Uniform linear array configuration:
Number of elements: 48
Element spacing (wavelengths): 0.75
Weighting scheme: kaiser
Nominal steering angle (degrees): -60
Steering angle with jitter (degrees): -58.963
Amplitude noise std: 0.05
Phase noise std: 0.05

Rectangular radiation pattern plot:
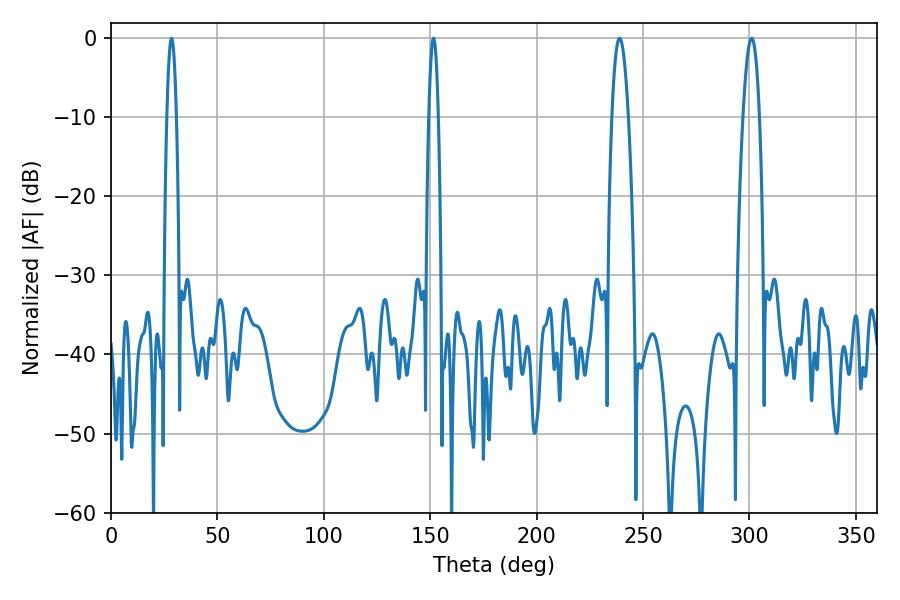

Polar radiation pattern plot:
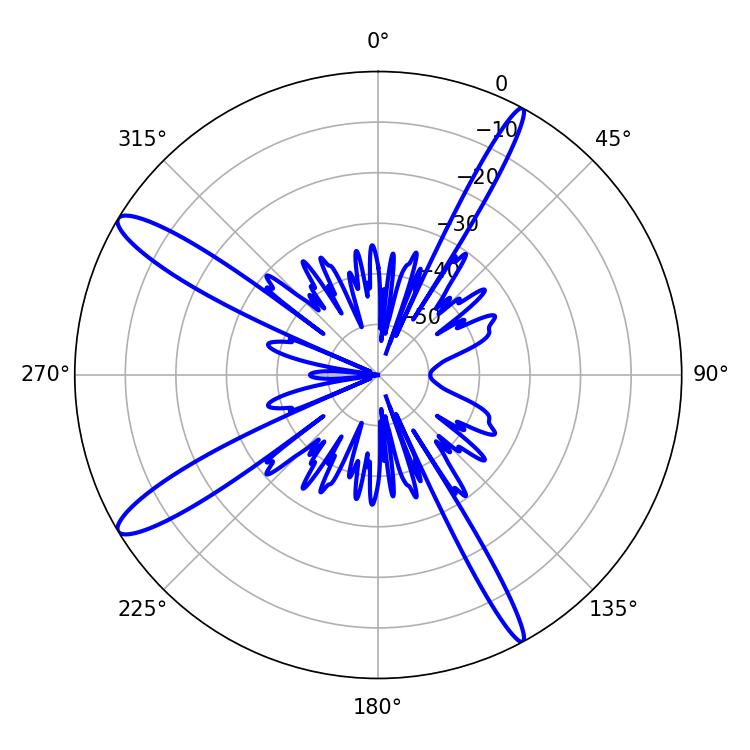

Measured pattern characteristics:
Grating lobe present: TRUE
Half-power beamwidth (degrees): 2.52
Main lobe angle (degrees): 28.44